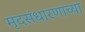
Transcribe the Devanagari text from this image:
मृदसंधारणाच्या